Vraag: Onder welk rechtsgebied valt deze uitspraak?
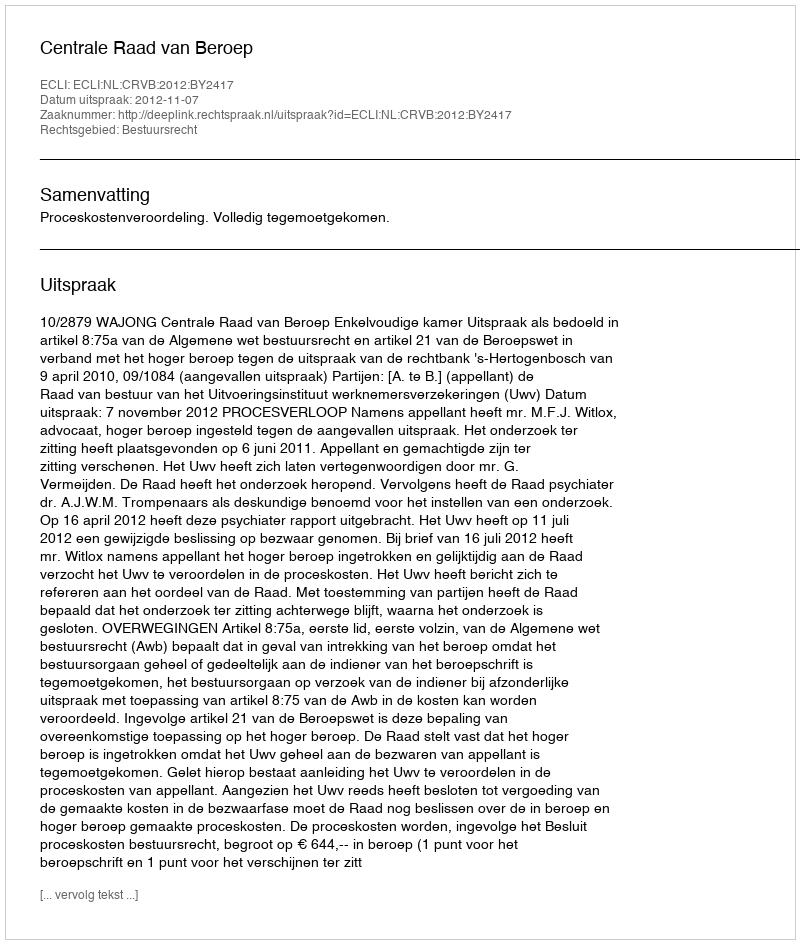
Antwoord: Bestuursrecht